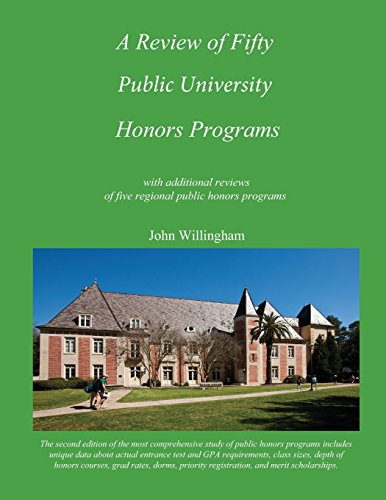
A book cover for A Review of Fifty Public University Honors Programs (Volume 1); John Willingham; Education & Teaching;